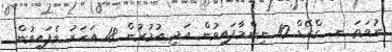
ނުވަތަ ނ. ގްރޭޑް 10 ނިންމާފައިވުން އަދި އުމުރުން 18 އަހަރު ވެފައިވުން